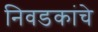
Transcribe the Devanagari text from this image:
निवडकांचे